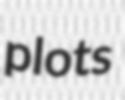
plots